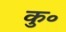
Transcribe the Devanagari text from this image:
कु॰